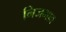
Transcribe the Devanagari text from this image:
निजभाव